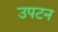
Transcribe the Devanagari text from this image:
उपटन